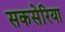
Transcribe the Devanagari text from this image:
सकसेरिया